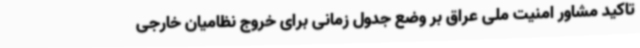
تاکید مشاور امنیت ملی عراق بر وضع جدول زمانی برای خروج نظامیان خارجی